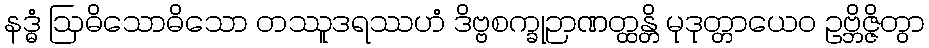
နဒ္ဓံ ဩဓိသောဓိသော တဿူဒရဿဟံ ဒိဗ္ဗစက္ခုဉာဏတ္ထန္တိ မုဒုတ္တာယေဝ ဥဗ္ဘိဇ္ဇိတွာ